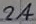
Text: 2A